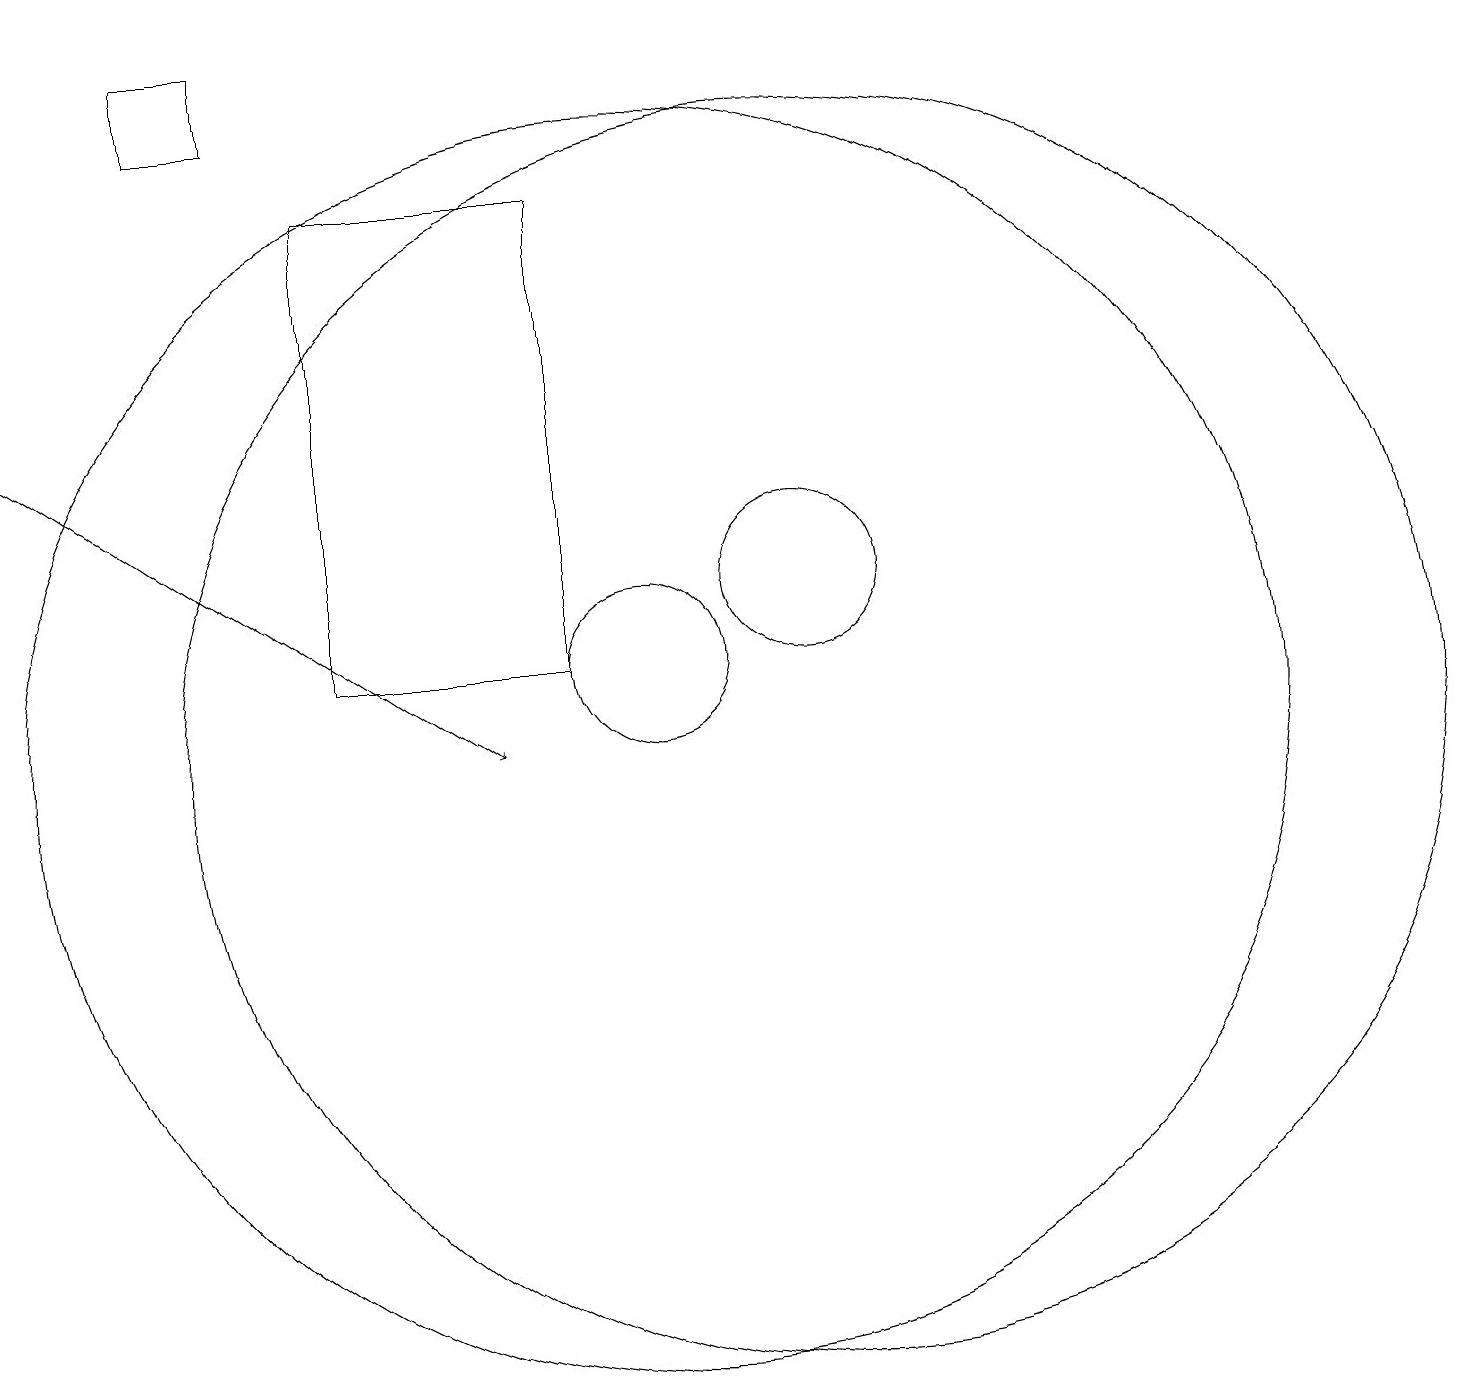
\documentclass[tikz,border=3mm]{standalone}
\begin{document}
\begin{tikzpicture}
\draw (6,11) rectangle (9,17);
\draw (10,10) circle (8);
\draw (5,18) rectangle (4,19);
\draw (10,11) circle (1);
\draw[->] (2,14) -- (8,10);
\draw (12,10) circle (8);
\draw (12,12) circle (1);
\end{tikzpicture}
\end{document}